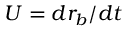
U = d r _ { b } / d t